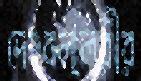
দেহবল্লরীর